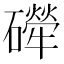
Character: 𱴼